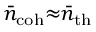
\bar { n } _ { \mathrm { c o h } } { \approx } \bar { n } _ { \mathrm { t h } }